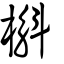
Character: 槲